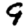
Digit: 9